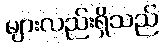
များလည်းရှိသည်